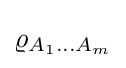
\varrho _{A_{1}\ldots A_{m}}